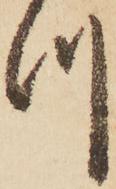
つ